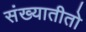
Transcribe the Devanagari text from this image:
संख्यातीतो